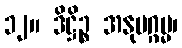
၁၂။ ဒိဋ္ဌိဉ္စ အနုပဂ္ဂမ္မ၊